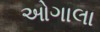
ઓગાલા